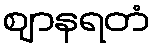
ဈာနရတံ